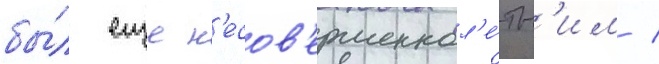
бы́л еще н'есов'ершеннол'е́тн'им /